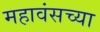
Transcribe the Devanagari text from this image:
महावंसच्या